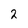
Character: 2